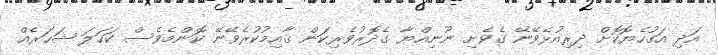
އަދި އަގުހެޔޮކޮށް ދިރިއުޅެވޭނޭ ގެވެށި ނޫނިއްޔާ ގެދޮރުވެރިކަން ޤާއިމުކުރެވޭނޭ ކޮންމެވެސް ކަހަލަ ޝަހަރެއް